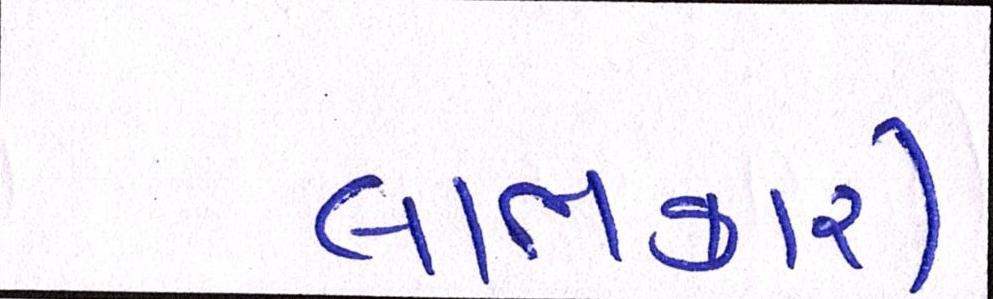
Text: લાભકારી